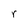
Character: r